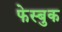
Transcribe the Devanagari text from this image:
फेस्बुक